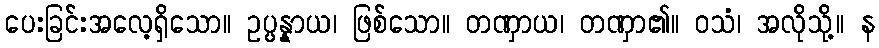
ပေးခြင်းအလေ့ရှိသော။ ဥပ္ပန္နာယ၊ ဖြစ်သော။ တဏှာယ၊ တဏှာ၏။ ဝသံ၊ အလိုသို့။ န